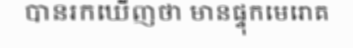
បានរកឃើញថា មានផ្ទុកមេរោគ